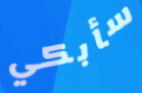
سأبكي